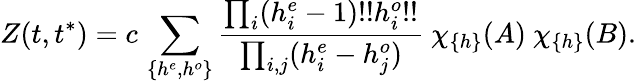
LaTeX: Z(t,t^{*})=c\, \sum_{\{ h^{e},h^{o}\} }{\frac{\prod_{i}(h_{i}^{e}-1)!!h_{i}^{o}!!}{\prod_{i,j}(h_{i}^{e}-h_{j}^{o})}}~\chi_{\{ h\} }(A)~\chi_{\{ h\} }(B).